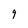
Character: g